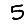
Digit: 5